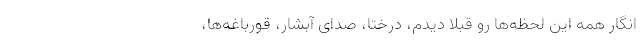
انگار همهٔ این لحظه‌ها رو قبلاً دیدم، درختا، صدای آبشار، قورباغه‌ها،